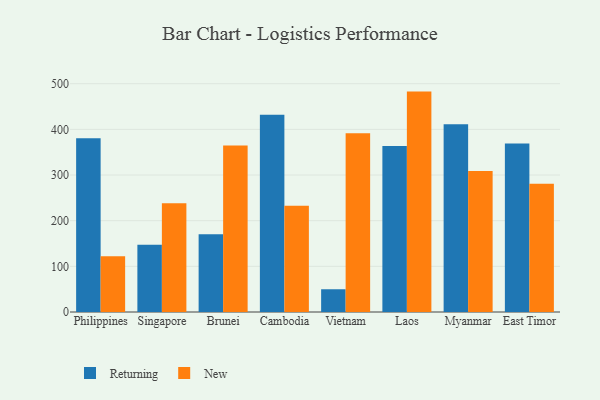
{"axis": {"x": "Country", "y": "Page Views"}, "legend": ["New", "Returning"], "data": [{"x": "Philippines", "y": 380.3, "type": "Returning"}, {"x": "Philippines", "y": 122.3, "type": "New"}, {"x": "Singapore", "y": 147.2, "type": "Returning"}, {"x": "Singapore", "y": 238.0, "type": "New"}, {"x": "Brunei", "y": 170.5, "type": "Returning"}, {"x": "Brunei", "y": 364.7, "type": "New"}, {"x": "Cambodia", "y": 431.9, "type": "Returning"}, {"x": "Cambodia", "y": 232.6, "type": "New"}, {"x": "Vietnam", "y": 49.8, "type": "Returning"}, {"x": "Vietnam", "y": 391.4, "type": "New"}, {"x": "Laos", "y": 363.6, "type": "Returning"}, {"x": "Laos", "y": 482.7, "type": "New"}, {"x": "Myanmar", "y": 411.4, "type": "Returning"}, {"x": "Myanmar", "y": 308.7, "type": "New"}, {"x": "East Timor", "y": 368.8, "type": "Returning"}, {"x": "East Timor", "y": 280.9, "type": "New"}]}